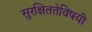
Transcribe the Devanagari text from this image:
सुरक्षिततेविषयी